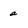
Character: 2